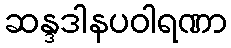
ဆန္ဒဒါနပဝါရဏာ